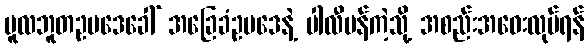
မူလဘူတဥပဒေခေါ် အခြေခံဥပဒေနဲ့ ပါလီမန်ကဲ့သို့ အစည်းအဝေးလုပ်ရန်